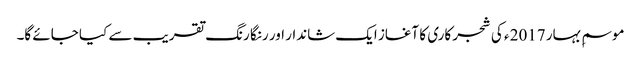
موسمِ بہار 2017 ء کی شجر کاری کا آغاز ایک شاندار اور رنگا رنگ تقریب سے کیا جائے گا۔